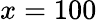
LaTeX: x=100